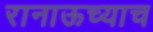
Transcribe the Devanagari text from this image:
रानाऊच्याच